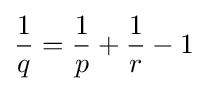
{\frac {1}{q}}={\frac {1}{p}}+{\frac {1}{r}}-1